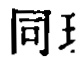
同王